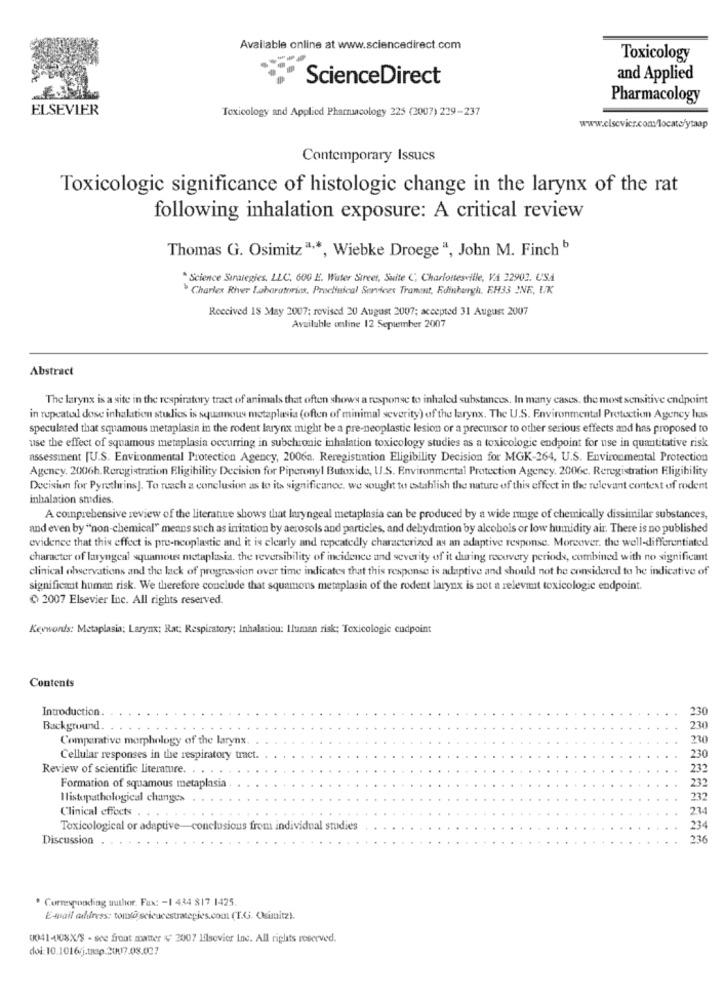
Available online at www.sciencedirect.com
Toxicology
ScienceDirect
and Applied
Pharmacology
ELSEVIER
Toxicology and Applied Pharmacology 225 (2007) 229-237
www.clsevicr.com/locate/ytaap
Contemporary Issucs
Toxicologic significance of histologic change in the larynx of the rat
following inhalation exposure: A critical review
Thomas G. Osimitza ·*, Wiebke Droege ", John M. Finch b
* Science Strategies, LLC. 600 E. Water Street, Suite C; Charlottesville, VA 22902. USA
Charles River Laboratories, Preclinical Services Tranent, Edinburgh, EH33 INE, UK
Received 18 May 2007; revised 20 August 2007; accepted 31 August 2007
Available online 12 September 2007
Abstract
The larynx is a site in the respiratory tract of animals that often shows a response to inhaled substances. In many cases. the most sensitive endpoint
in repeated dose inhalation studies is squamous metaplasia (often of minimal severity) of the larynx. The U.S. Environmental Protection Agency hus
speculated that squamous metaplasia in the rodent larynx might be a pre-neoplastic lesion or a precursor to other serious effects and has proposed to
use the effect of squamous metaplasia occurring in subchronic inhalation toxicology studies as a toxicologie endpoint for use in quantitative risk
assessment [U.S. Environmental Protection Agency, 2006n. Reregistration Eligibility Decision for MGK-264, U.S. Environmental Protection
Agency. 2006h. Reregistration Eligibility Decision for Piperonyl Butoxide, U.S. Environmental Protection Agency. 2006c. Reregistration Eligibility
Decision for Pyretwins]. To reach a conclusion as to its significance, we sought to establish the nature of this effect in the relevant context of rodent
inhalation smdies.
A comprehensive review of the literante shows that laryngeal metaplasia can be produced by a wide range of chemically dissimilar substances,
and even by ""non-chemical" means such as irritation by aerosols and particles, and dehydration by alcohols or low humidity air. There is no published
evidence that this effect is pre-neoplastic and it is clearly and repeatedly characterized as an adaptive response. Moreover. the well-differentiated
character of laryngeal squamous metaplasia. the reversibility of incidence and severity of it during recovery periods, combined with no significant
clinical observations and the lack of progression over time indicates that this response is adaptive and should not be considered to he indicative of
significant human risk. We therefore conclude that squamons metaplasia of the rodent larynx is not a relevant toxicologie endpoint.
C 2007 Elsevier Inc. All rights reserved.
Keywords: Metaplasia: Larynx; Rat: Respiratory; Inhalation: Iluman risk; Toxicologie cudpoint
Contents
Introduction.
230
Background.
230
Comparative morphology of the larynx.
230
Cellular responses in the respiratory tract.
230
Review of scientific literature. . . .
232
232
Formation of squamous metaplasia
Histopathological changes
232
Clinical effects
234
Toxicological or adaptive-conclusions from individual studies
234
Discussion
236
* Corresponding suther. Fux: - 1 434 817 1425.
E-mail chifress: tom@ seicucestrategies.com (T.G. Osimitz).
0041-108.X/8 - see front maner # 2007 Hilsevier Inc. All rights reserved.
doi:10.1016j.taap.2007.08.007